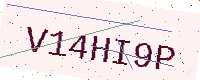
Text: V14HI9P